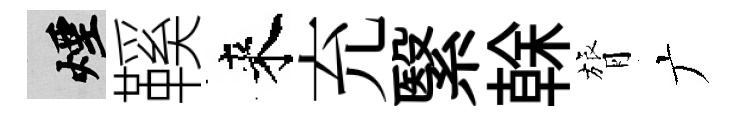
煙鞵来充繄𠏉膂广